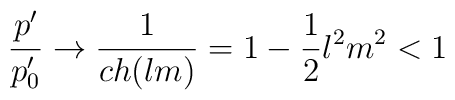
\frac{p'}{p'_0} \rightarrow \frac{1}{ch(lm)} = 1 - \frac{1}{2}l^2m^2 <1